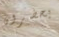
يحضرون